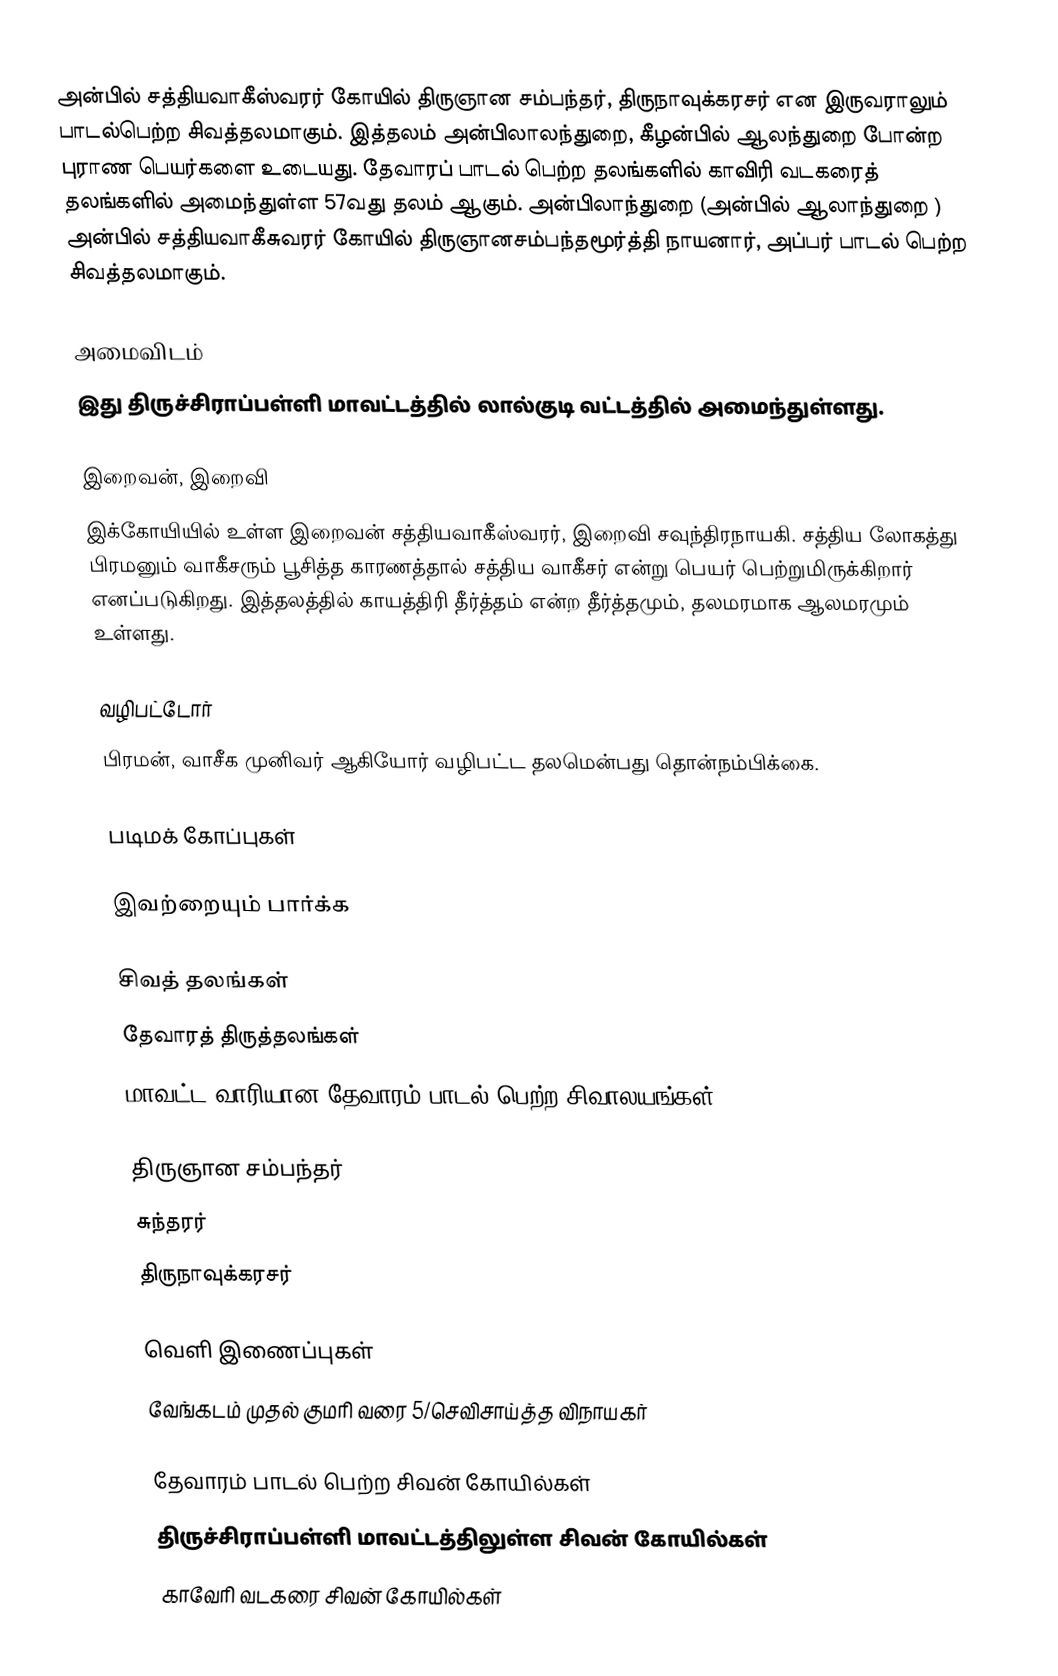
அன்பில் சத்தியவாகீஸ்வரர் கோயில் திருஞான சம்பந்தர், திருநாவுக்கரசர் என இருவராலும் பாடல்பெற்ற சிவத்தலமாகும்.  இத்தலம் அன்பிலாலந்துறை, கீழன்பில் ஆலந்துறை போன்ற புராண பெயர்களை உடையது. தேவாரப் பாடல் பெற்ற தலங்களில்  காவிரி வடகரைத் தலங்களில் அமைந்துள்ள 57வது தலம் ஆகும். அன்பிலாந்துறை  (அன்பில் ஆலாந்துறை ) அன்பில் சத்தியவாகீசுவரர் கோயில் திருஞானசம்பந்தமூர்த்தி நாயனார், அப்பர் பாடல் பெற்ற சிவத்தலமாகும்.

அமைவிடம்
இது திருச்சிராப்பள்ளி மாவட்டத்தில்   லால்குடி வட்டத்தில்  அமைந்துள்ளது.

இறைவன், இறைவி
இக்கோயியில் உள்ள இறைவன் சத்தியவாகீஸ்வரர், இறைவி சவுந்திரநாயகி. சத்திய லோகத்து பிரமனும் வாகீசரும் பூசித்த காரணத்தால் சத்திய வாகீசர் என்று பெயர் பெற்றுமிருக்கிறார் எனப்படுகிறது. இத்தலத்தில் காயத்திரி தீர்த்தம் என்ற தீர்த்தமும், தலமரமாக ஆலமரமும் உள்ளது.

வழிபட்டோர்
பிரமன், வாசீக முனிவர் ஆகியோர் வழிபட்ட தலமென்பது தொன்நம்பிக்கை.

படிமக் கோப்புகள்

இவற்றையும் பார்க்க

 சிவத் தலங்கள்
 தேவாரத் திருத்தலங்கள்
 மாவட்ட வாரியான தேவாரம் பாடல் பெற்ற சிவாலயங்கள்

 திருஞான சம்பந்தர்
 சுந்தரர்
 திருநாவுக்கரசர்

வெளி இணைப்புகள்
வேங்கடம் முதல் குமரி வரை 5/செவிசாய்த்த விநாயகர்

தேவாரம் பாடல் பெற்ற சிவன் கோயில்கள்
திருச்சிராப்பள்ளி மாவட்டத்திலுள்ள சிவன் கோயில்கள்
காவேரி வடகரை சிவன் கோயில்கள்